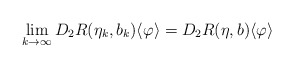
\begin{align*}\lim_{k \to \infty} D_2R(\eta_k, b_k) \langle \varphi \rangle = D_2R(\eta, b) \langle \varphi \rangle\end{align*}